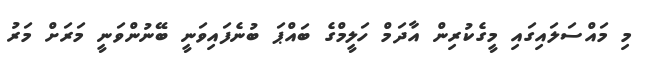
މި މައްސަލައިގައި މީގެކުރިން އާދަމް ހަލީމްގެ ބައްޕަ ބުނެފައިވަނީ ބޭނުންވަނީ މަރަށް މަރު